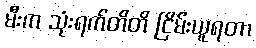
မီးက သုံးရက်တိတိ ငြိမ်းယူရတာ